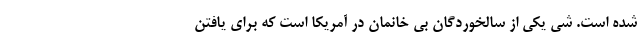
شده است. شی یکی از سالخوردگان بی خانمان در آمریکا است که برای یافتن